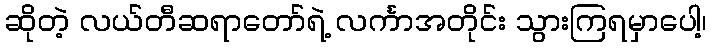
ဆိုတဲ့ လယ်တီဆရာတော်ရဲ့ လင်္ကာအတိုင်း သွားကြရမှာပေါ့၊